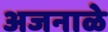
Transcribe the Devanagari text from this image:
अजनाळे